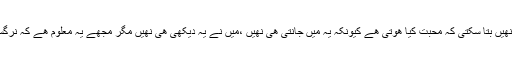
حالانکہ میں یہ تو نھیں بتا سکتی کہ محبت کیا ھوتی ھے کیونکہ یہ میں جانتی ھی نھیں ،میں نے یہ دیکھی ھی نھیں مگر مجھے یہ معلوم ھے کہ نرگسیت کیا ھوتی ھے؟